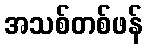
အသစ်တစ်ဖန်